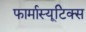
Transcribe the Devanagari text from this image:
फार्मास्यूटिक्स